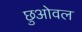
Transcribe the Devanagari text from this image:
छुओवल